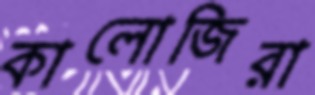
কালোজিরা